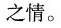
之情。